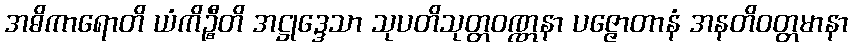
အဓိကာရောတိ ယံကိဉ္စီတိ အဋ္ဌုဒ္ဒေသာ သုပတိသုတ္တဝဏ္ဏနာ ပဇ္ဇောတာနံ အနတိဝတ္တမာနာ